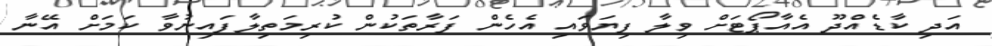
އަދި ކާޑެއްދޫ އެއާޕޯޓަށް ވިލާ ފިޔަވައި އެހެން ފަރާތަކުން ކުރިމަތިލާފައިނުވާ ކަމަށް އޭނާ